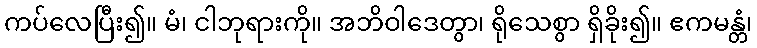
ကပ်လေပြီး၍။ မံ၊ ငါဘုရားကို။ အဘိဝါဒေတွာ၊ ရိုသေစွာ ရှိခိုး၍။ ဧကမန္တံ၊